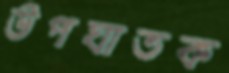
উপঘাতক